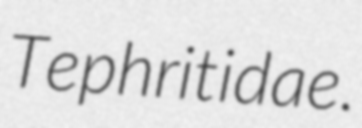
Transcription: Tephritidae.